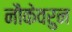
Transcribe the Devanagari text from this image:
नौकेवरुन